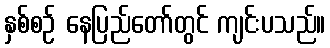
နှစ်စဉ် နေပြည်တော်တွင် ကျင်းပသည်။